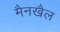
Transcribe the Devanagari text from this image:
मैनखैल